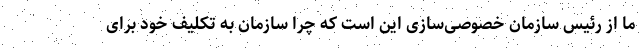
ما از رئیس سازمان خصوصی‌سازی این است که چرا سازمان به تکلیف خود برای